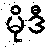
မိုဒီ